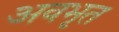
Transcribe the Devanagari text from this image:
अवभृत